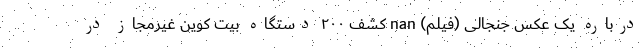
درباره يک عکس جنجالی (فیلم) nan کشف ۲۰۰ دستگاه بیت کوین غیرمجاز در